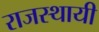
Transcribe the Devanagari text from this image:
राजस्थायी